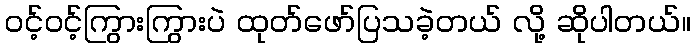
ဝင့်ဝင့်ကြွားကြွားပဲ ထုတ်ဖော်ပြသခဲ့တယ် လို့ ဆိုပါတယ်။